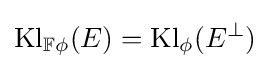
\operatorname {Kl} _{\mathbb {F} \phi }(E)=\operatorname {Kl} _{\phi }(E^{\perp })